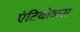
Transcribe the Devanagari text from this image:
एंटियोकस